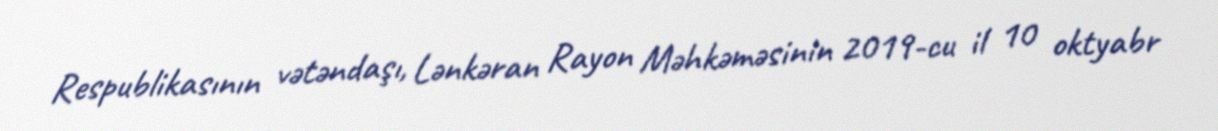
Respublikasının vətəndaşı, Lənkəran Rayon Məhkəməsinin 2019-cu il 10 oktyabr